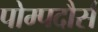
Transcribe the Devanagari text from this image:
पोम्पदौर्स